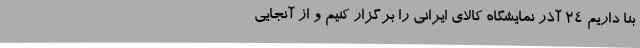
بنا داریم 24 آذر نمایشگاه کالای ایرانی را برگزار کنیم و از آنجایی